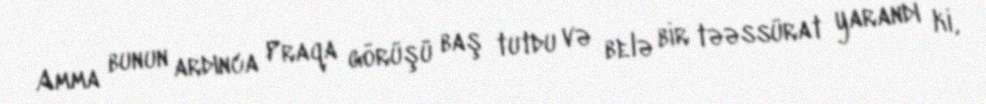
Amma bunun ardınca Praqa görüşü baş tutdu və belə bir təəssürat yarandı ki,